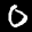
Label: 0